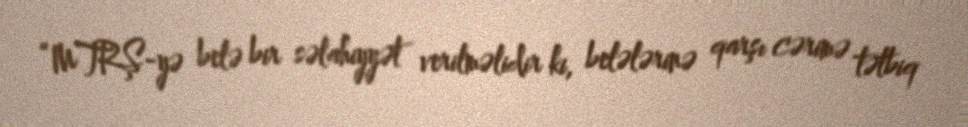
“MTRŞ-yə belə bir səlahiyyət verilməlidir ki, belələrinə qarşı cərimə tətbiq